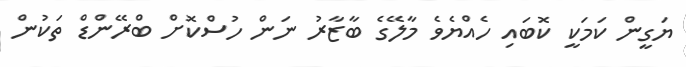
ޔަގީން ކަމަކީ ކޮބައި ހެއްޔެވެ މާލޭގެ ބާޒާރު ނަން ހުސްކޮށް ބްރޭންޑް ތަކުން